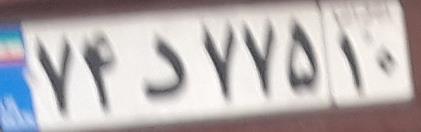
۷۴د۷۷۵۱۰